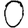
Digit: 0